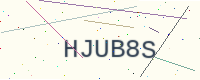
Text: HJUB8S